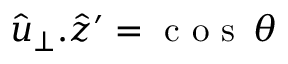
\hat { u } _ { \perp } . \hat { z } ^ { \prime } = \mathrm { ~ c ~ o ~ s ~ } \, \theta